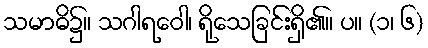
သမာဓိ၌။ သဂါရဝေါ၊ ရိုသေခြင်းရှိ၏။ ပ။ (၁၊ ၆)